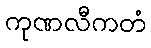
ကုဏလီကတံ